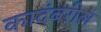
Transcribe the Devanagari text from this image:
कादंबरील